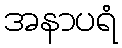
အနာပရံ